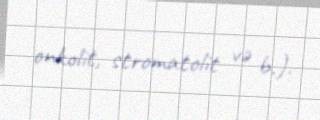
onkolit, stromatolit və b.).